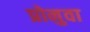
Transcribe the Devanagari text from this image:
प्रोनुवा